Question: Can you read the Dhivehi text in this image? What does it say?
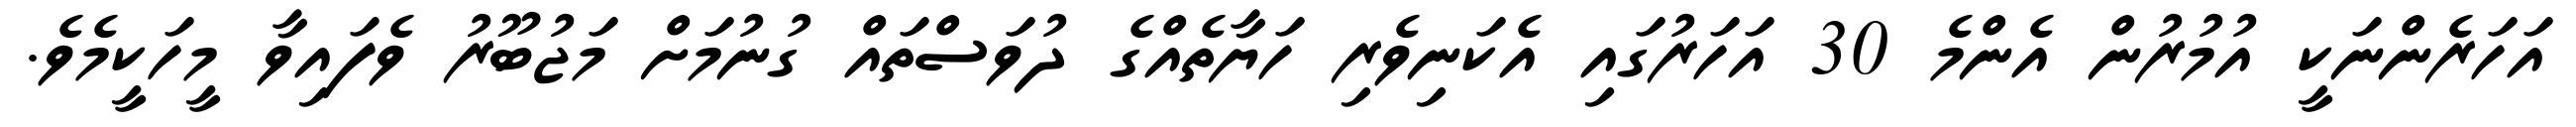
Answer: އަހަރެންނަކީ އުމުރުން އެންމެ 30 އަހަރުގައި އެކަނިވެރި ހަޔާތެއްގެ ދުވަސްތައް ގުނުމަށް މަޖުބޫރު ވެފައިވާ މީހަކީމެވެ.